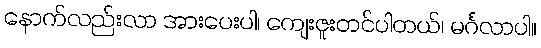
နောက်လည်းလာ အားပေးပါ၊ ကျေးဇူးတင်ပါတယ်၊ မင်္ဂလာပါ။